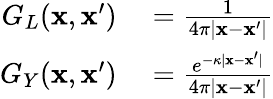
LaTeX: \begin{array}{rl}{G_{L}(\mathbf{x},\mathbf{x}^{\prime})}&{{}=\frac{1}{4\pi|\mathbf{x}-\mathbf{x}^{\prime}|}}\\ {G_{Y}(\mathbf{x},\mathbf{x}^{\prime})}&{{}=\frac{e^{-\kappa|\mathbf{x}-\mathbf{x}^{\prime}|}}{4\pi|\mathbf{x}-\mathbf{x}^{\prime}|}}\end{array}